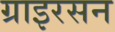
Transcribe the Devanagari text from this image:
ग्राइरसन